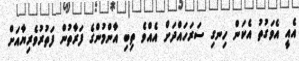
އެއީ އެވަގުތު އެކަން ހިނގި ސަރަހައްދަށް އެއްވެ ތިބި އާންމުންގެ ފަރާތުން ފަތުރުވެރިޔާއަށް